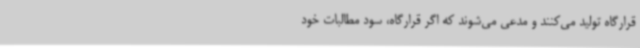
قرارگاه تولید می‌کنند و مدعی می‌شوند که اگر قرارگاه، سود مطالبات خود